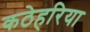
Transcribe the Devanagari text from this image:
कठेहरिया